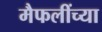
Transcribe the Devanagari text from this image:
मैफलींच्या